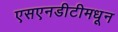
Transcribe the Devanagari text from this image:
एसएनडीटीमधून